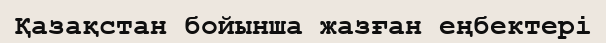
Қазақстан бойынша жазған еңбектері